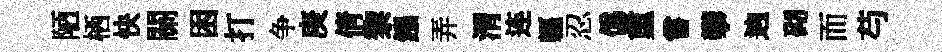
陋栖快關困打争庚倩黎鏹弄渭连軀忍僞重嘗攀逈砌而芍